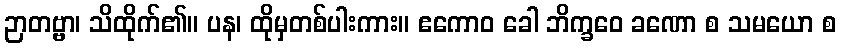
ဉာတဗ္ဗာ၊ သိထိုက်၏။ ပန၊ ထိုမှတစ်ပါးကား။ ဧကောဝ ခေါ ဘိက္ခဝေ ခဏော စ သမယော စ